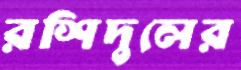
রশিদুলের